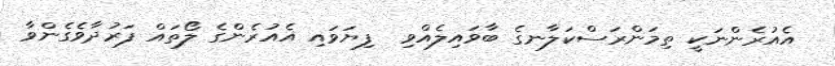
އެއުރެންނަކީ ތިމަންރަސްކަލާނގެ ބާވައިލެއްވި  ފިޔަވައި އެއުރެންގެ ލޯތައް ފަރުދާވެގެންވާ